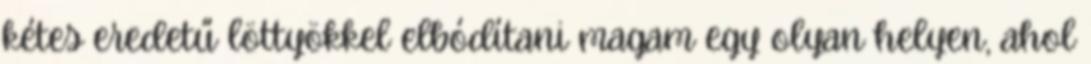
kétes eredetű löttyökkel elbódítani magam egy olyan helyen, ahol